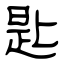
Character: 匙